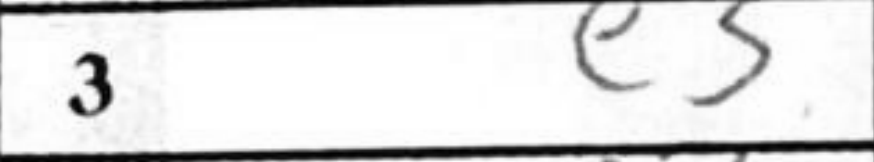
Transcription: e3